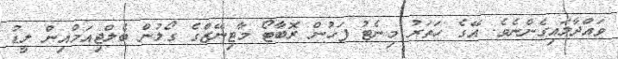
ވައްދާލައިގެންނެވެ. އޭގެ ހަތަރު މިނެޓު ފަހުން ރޮބާޓޯ މާޓިނޭޒްގެ ގޯލުން ބެލްޖިއަމްއިން ލީޑު